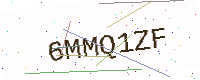
Text: 6MMQ1ZF